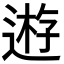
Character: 𨔼